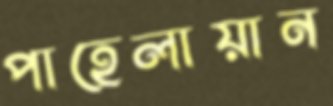
পাহেলায়ান